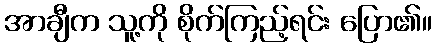
အာချီက သူ့ကို စိုက်ကြည့်ရင်း ပြော၏။